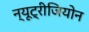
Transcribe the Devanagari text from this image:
न्यूट्रीजियोन